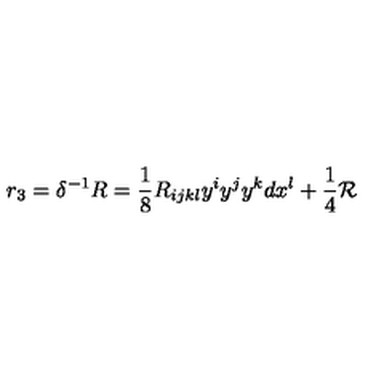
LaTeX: r _ { 3 } = \delta ^ { - 1 } R = \frac 1 8 R _ { i j k l } y ^ { i } y ^ { j } y ^ { k } d x ^ { l } + \frac 1 4 { \cal R }